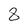
Character: 8